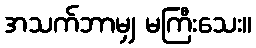
အသက်ဘာမျှ မကြီးသေး။